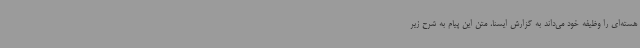
هسته‌ای را وظیفه خود می‌داند به گزارش ایسنا، متن این پیام به شرح زیر